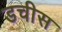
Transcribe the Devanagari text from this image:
डचीस